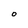
Character: O